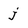
Character: j